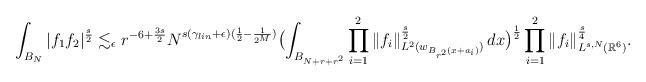
LaTeX: \begin{gather*}\int_{B_{N}}|f_{1}f_{2}|^{\frac{s}{2}} \lesssim_{\epsilon} r^{-6+\frac{3s}{2}}N^{{s(\gamma_{lin}+\epsilon)}(\frac{1}{2}-\frac{1}{2^M})} \bigl(\int_{B_{N+r+r^2}} \prod_{i=1}^{2}\|f_{i}\|_{L^2({w}_{B_{r^2}(x+a_{i})})}^{\frac{s}{2}} \,dx \bigr)^{\frac{1}{2}}\prod_{i=1}^{2}\|f_{i}\|_{L^{s,N}(\mathbb{R}^{6})}^{\frac{s}{4}}.\end{gather*}